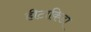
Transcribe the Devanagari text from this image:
हीटाकिडा